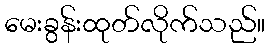
မေးခွန်းထုတ်လိုက်သည်။